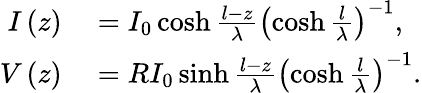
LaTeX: \begin{array}{rl}{I\left(z\right)}&{{}=I_{0}\cosh\frac{l-z}{\lambda}\left(\cosh\frac{l}{\lambda}\right)^{-1},}\\ {V\left(z\right)}&{{}=RI_{0}\sinh\frac{l-z}{\lambda}\left(\cosh\frac{l}{\lambda}\right)^{-1}.}\end{array}